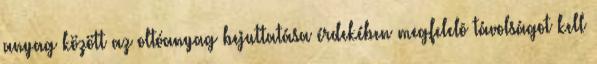
anyag között az oltóanyag bejuttatása érdekében megfelelõ távolságot kell